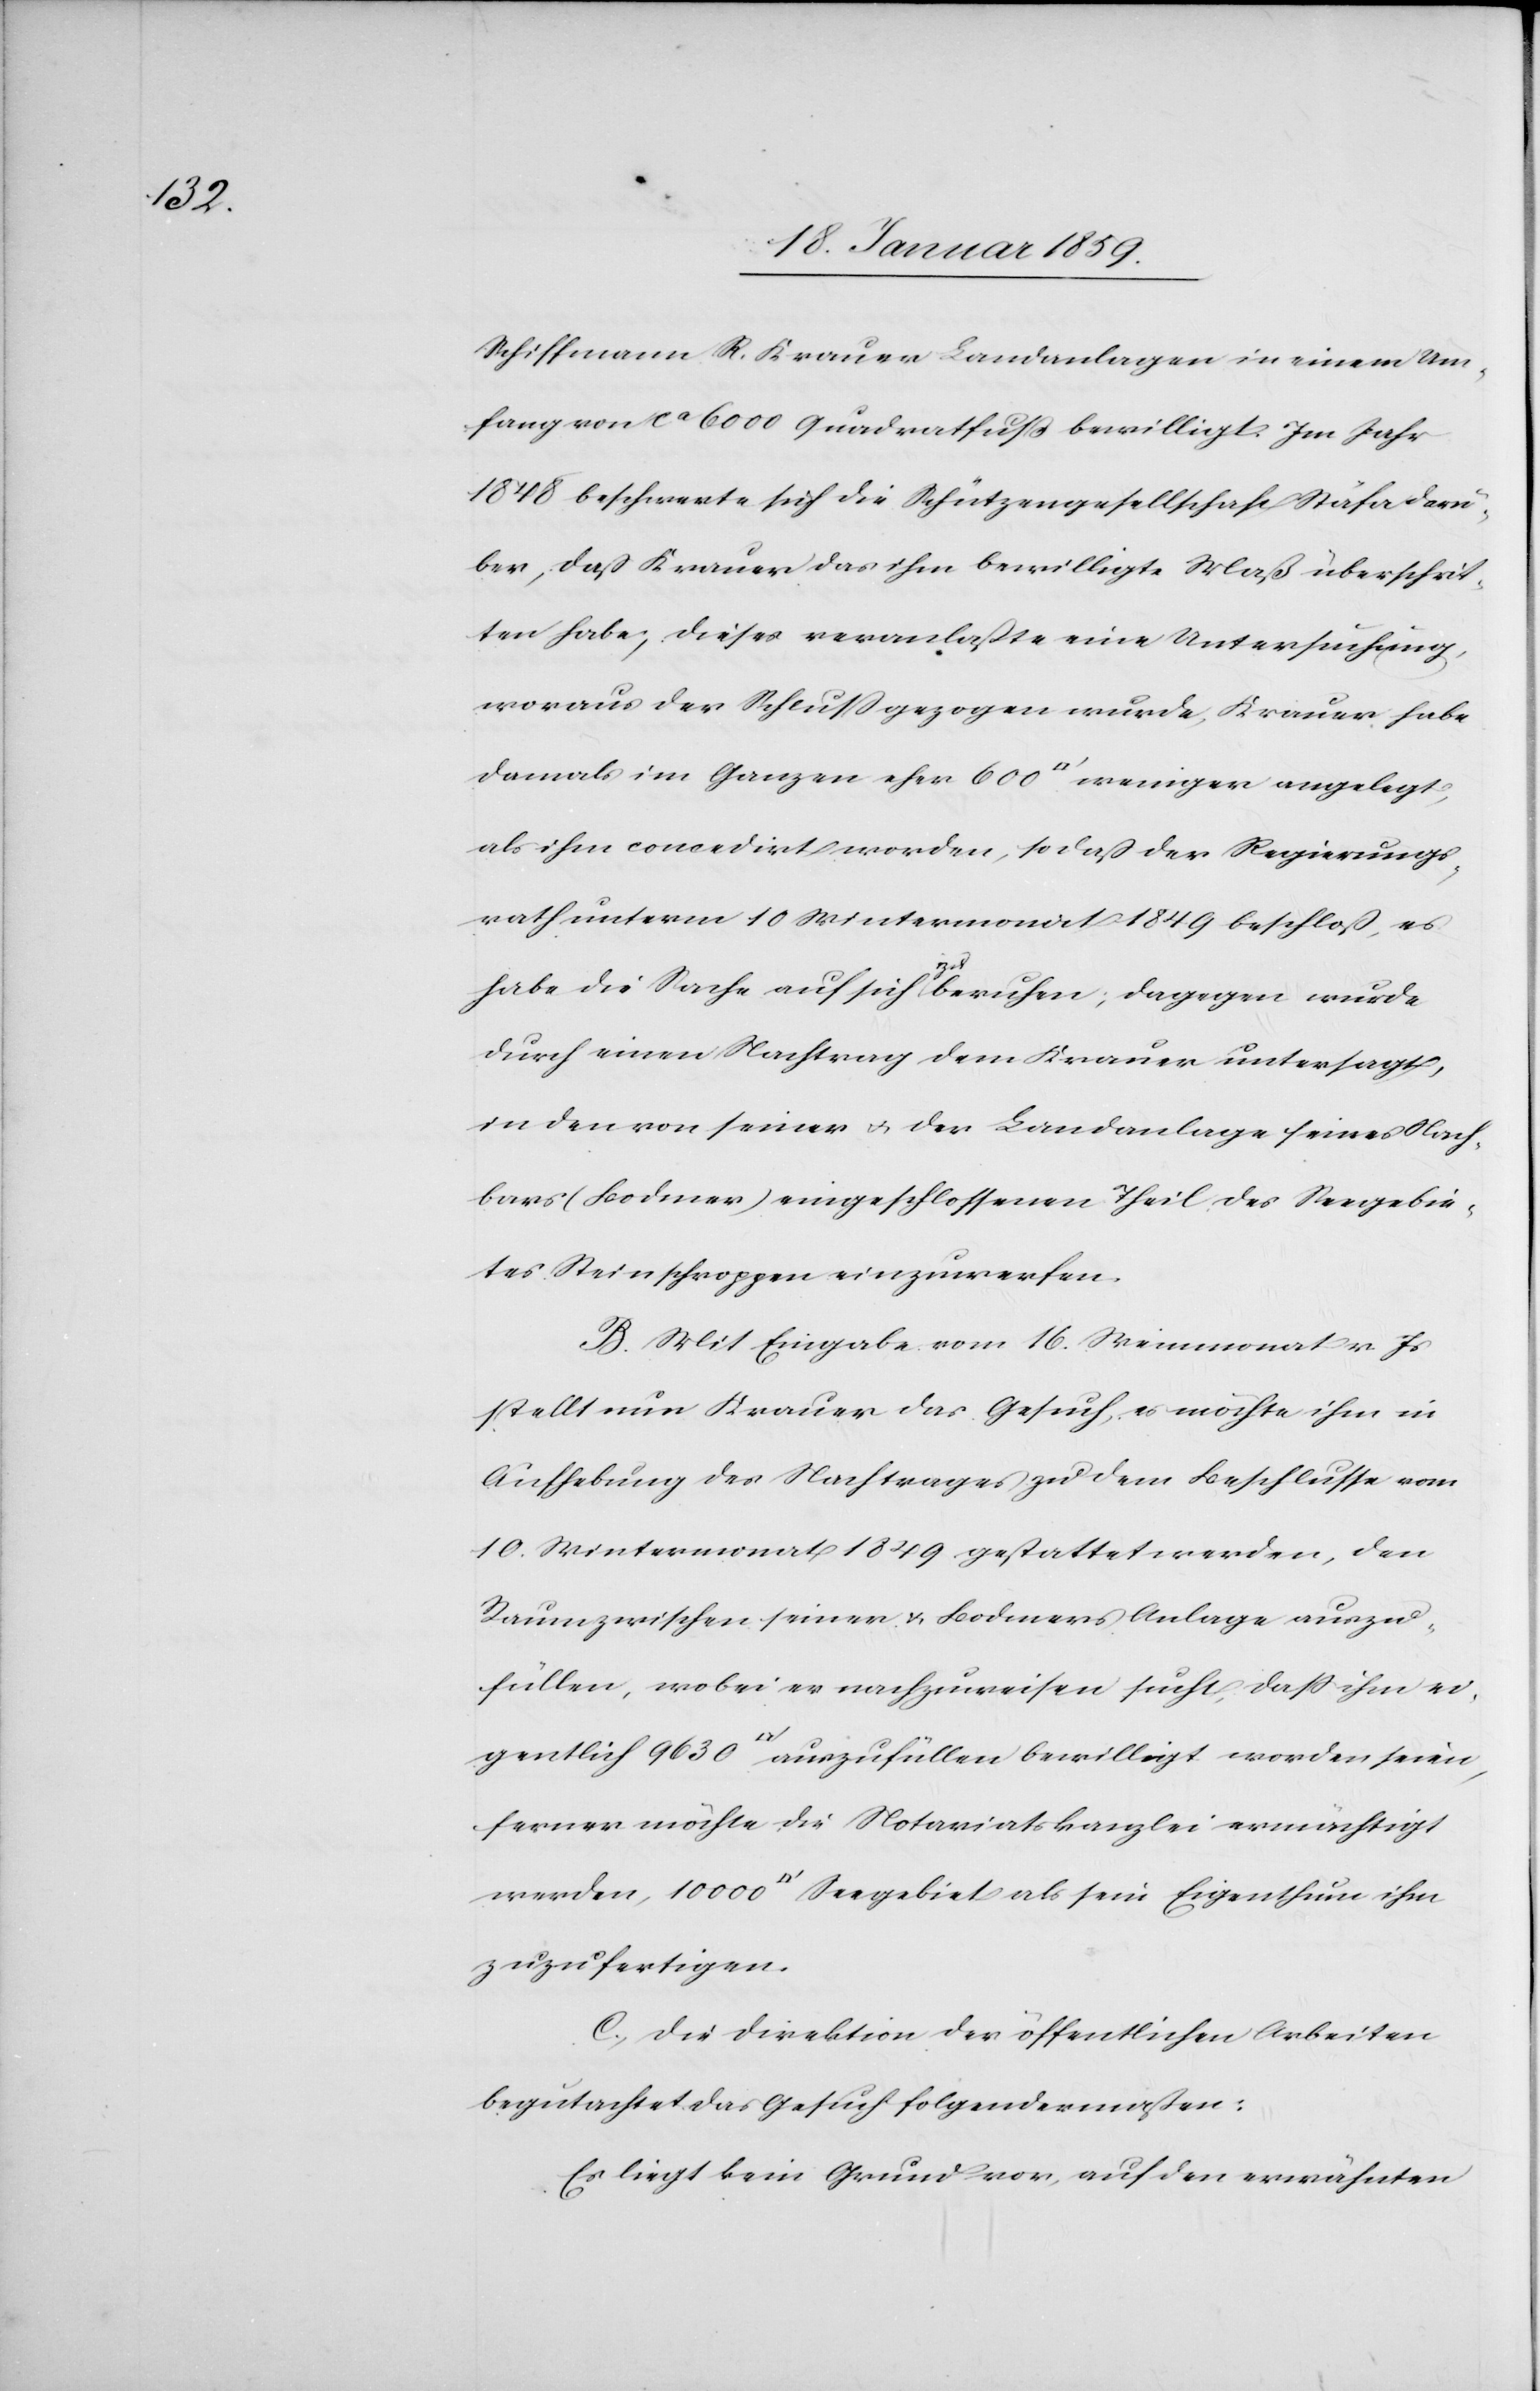
Schiffmann R. Krauer Landanlagen in einem Um¬
fang von ca 6000 Quadratfuß bewilligt. Im Jahr
1848 beschwerte sich die Schützengesellschaft Stäfa darü¬
ber, daß Krauer das ihm bewilligte Maß überschrit¬
ten habe; dieses veranlaßte eine Untersuchung,
woraus der Schluß gezogen wurde, Krauer habe
damals im Ganzen eher 600 [Quadratfuß] weniger angelegt,
als ihm concedirt worden, so daß der Regierungs¬
rath unterm 10 Wintermonat 1849 beschloß, es
habe die Sache auf sich zu beruhen; dagegen wurde
durch einen Nachtrag dem Krauer untersagt,
in den von seiner u. der Landanlage seines Nach¬
bars (Bodmer) eingeschlossenen Theil des Seegebie¬
tes Steinschroppen einzuwerfen.
B. Mit Eingabe vom 16. Weinmonat v. Js
stellt nun Krauer das Gesuch, es möchte ihm in
Aufhebung des Nachtrages zu dem Beschlusse vom
10. Wintermonat 1849 gestattet werden, den
Raum zwischen seiner u. Bodmers Anlage auszu¬
füllen, wobei er nachzuweisen sucht, daß ihm ei¬
gentlich 9630 [Quadratfuß] auszufüllen bewilligt worden seien,
ferner möchte die Notariatskanzlei ermächtigt
werden, 10000 [Quadratfuß] Seegebiet als sein Eigenthum ihm
zuzufertigen.
C. Die Direktion der öffentlichen Arbeiten
begutachtet das Gesuch folgendermaßen:
Es liegt kein Grund vor, auf den erwähnten